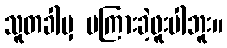
သူတခါမှ မကြားခဲ့ဖူးပါဘူး။